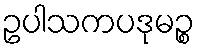
ဥပါသကပဒုမဉ္စ